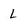
Character: L